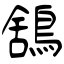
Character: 鵨